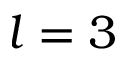
l = 3